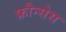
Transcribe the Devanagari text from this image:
फ्रौन्सेस